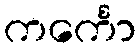
ကင်္ကော